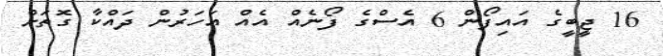
16 ޖީބީގެ އައިފޯން 6 އެސްގެ ފޯނެއް އެއް އަހަރުން ދައްކާ ގޮތަށް